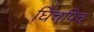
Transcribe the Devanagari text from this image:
घिचपिच